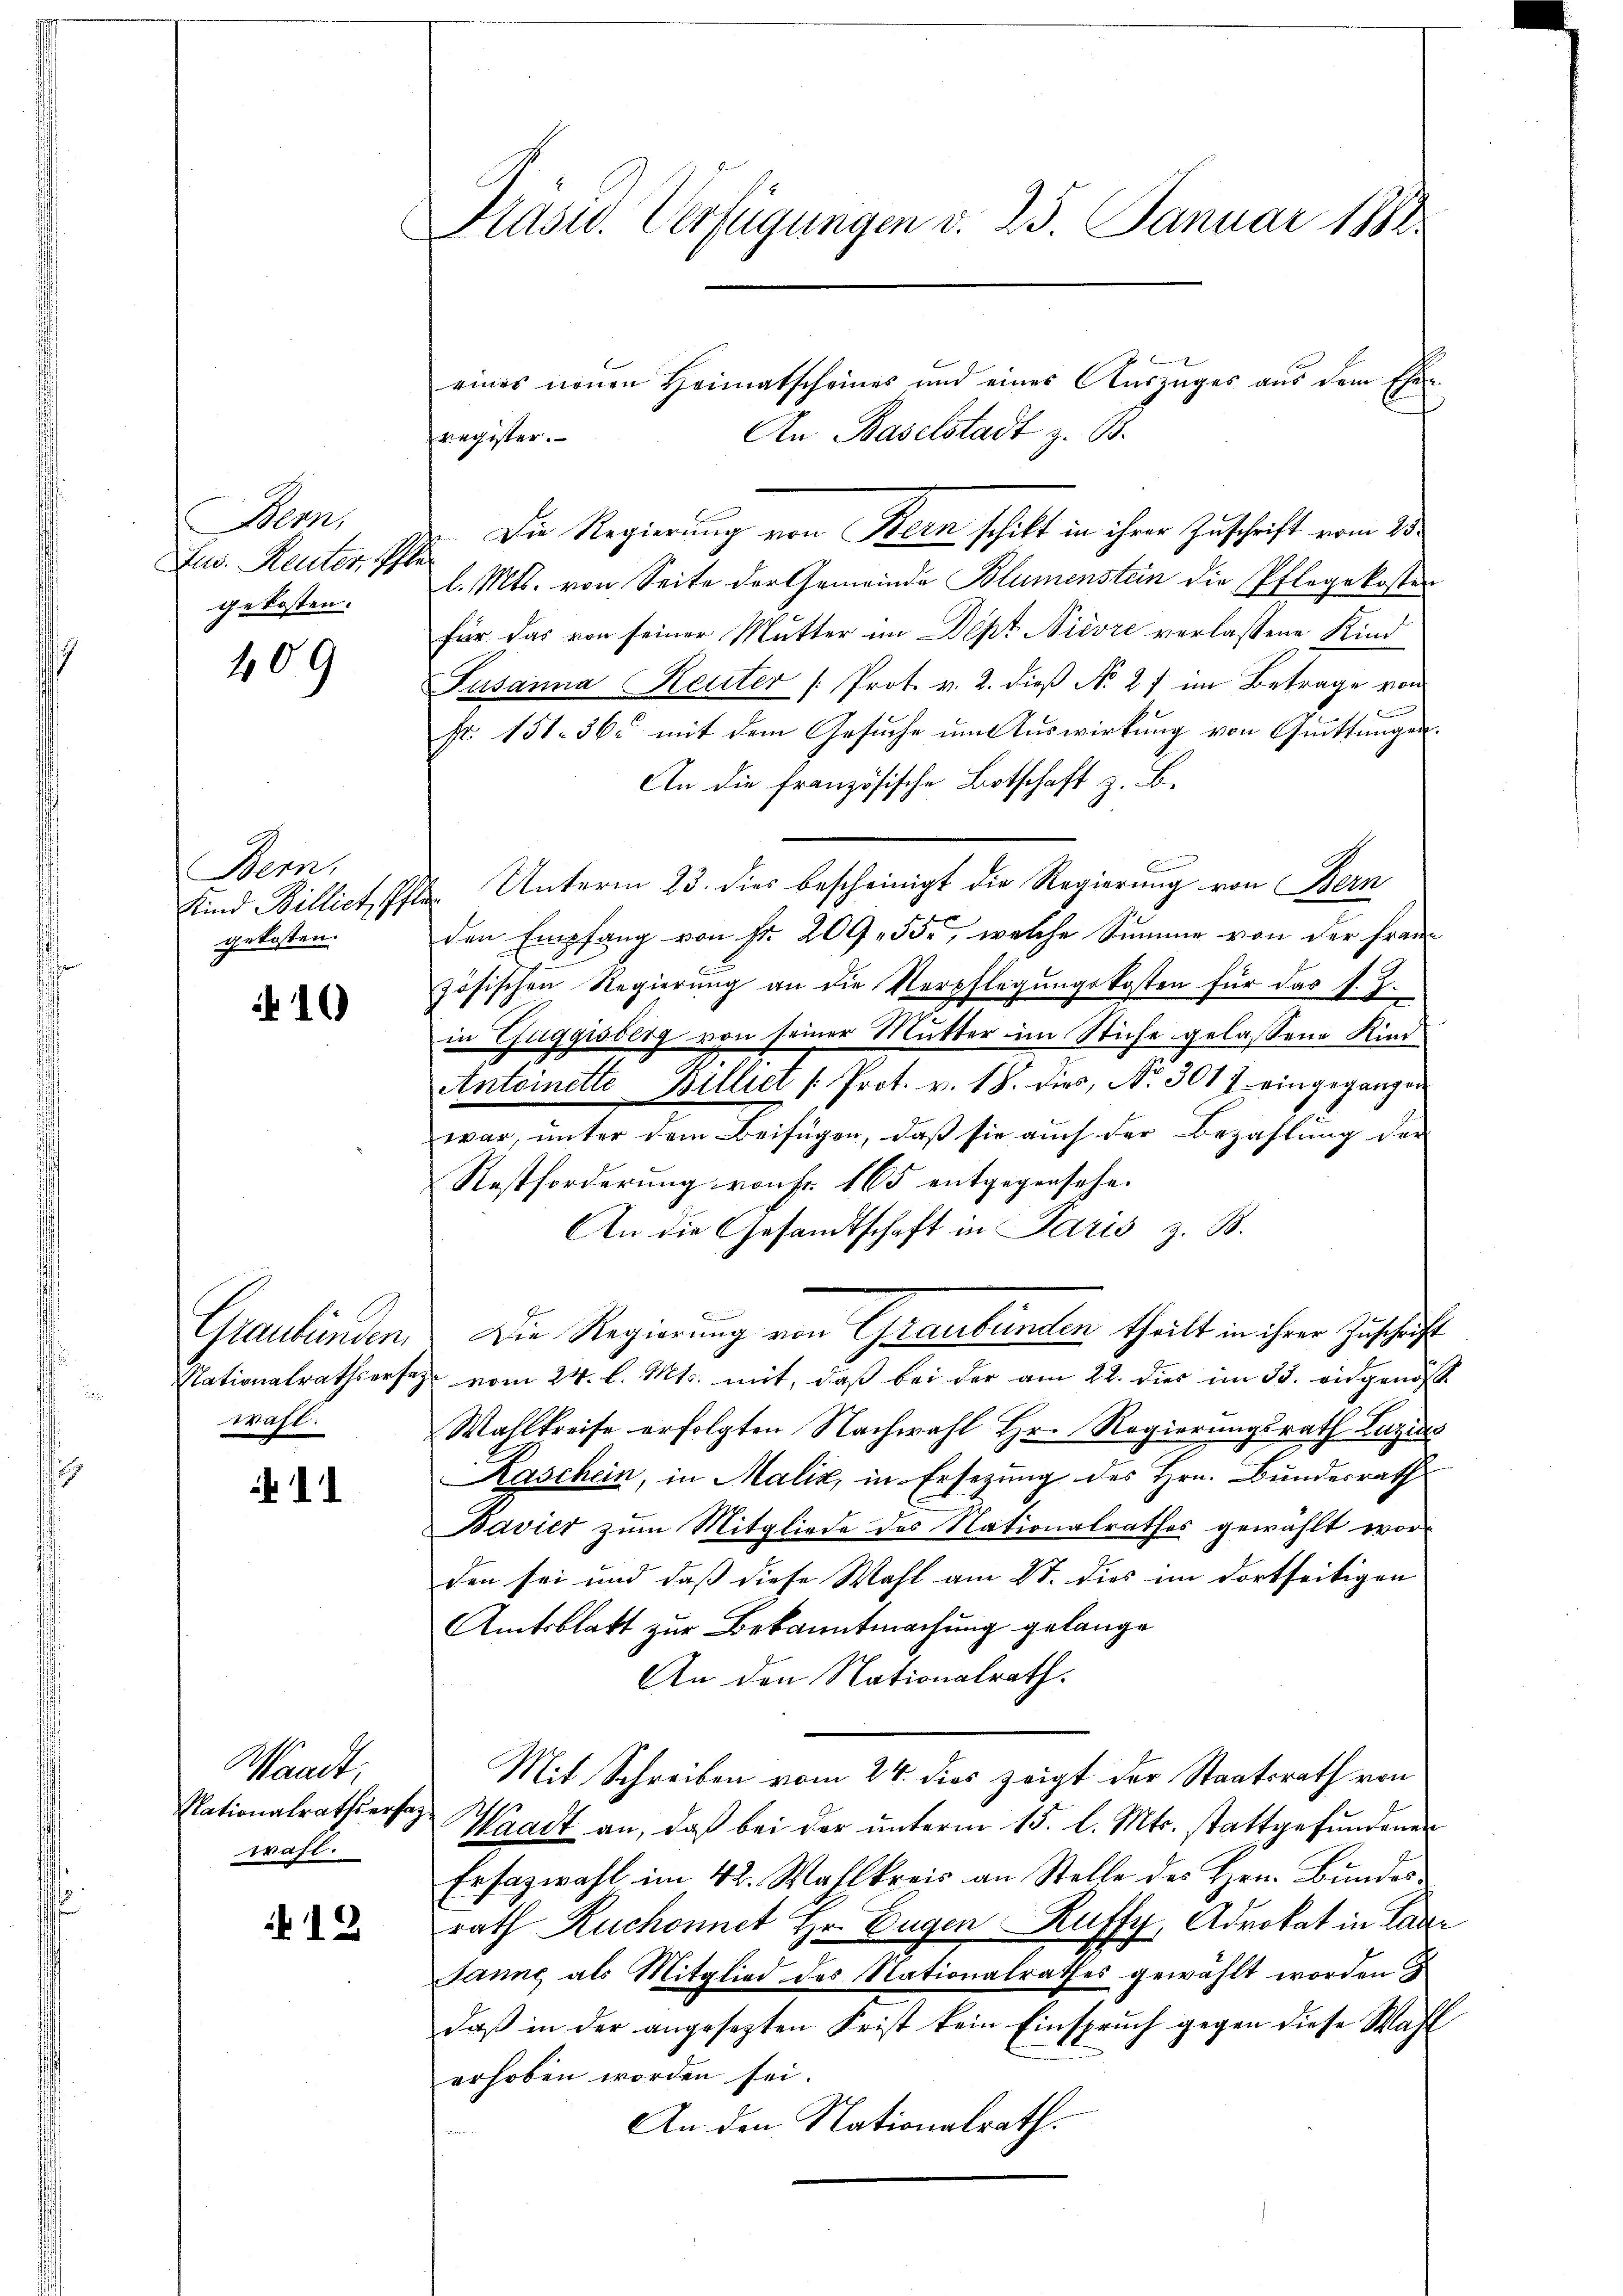
Bern,
Jur. Reuter, Pfl
gekosten.

409

Bern,
Kind Billict, Pfl
gekosten.

10

Graubünden.
Nationalrathsersag
Wahl.

11

Waadt,
Nationalrathsersag
wahl.

12

Präsid. Verfügungen d. 25. Januar 1882

Die Regierung von Bern schikt in ihrer Zuschrift vom 25.
l. Mts. von Seite der Gemeinde Blumenstein die Pflegekosten
für das von seiner Mutter im Dept Nievre verlassene Kind
Fusanna Heuter (Prot. v. 2. dieß No 27 im Betrage von
Fr. 151. 36. mit dem Gesŭche ŭm Aŭswirkung von Quittungen.
An die Französische Botschaft z. B.
& Unterm 23. dies bescheinigt die Regierung von Bern
den Empfang von Fr. 209. 55, welche Summe von der Frauzösischen Regierung an die Verpflegungskosten für das s. Z.
in Zuggisberg von seiner Mutter im Stiche gelassene Kind
Antoinette Billict /: Prot. v. 18. dies, No 301 f. eingegangen
war, unter dem Beifügen, daß sie auch der Bezahlung der
Restforderung von Fr. 165 entgegensehen
An die Gesandtschaft in Paris z. B.
Die Regierung von Graubünden theilt in ihrer Zuschrift
vom 24. l. Mts. mit, daß bei der am 22. dies im 13. eidgenoss
Wahlkreise erfolgten Nachwahl Hr. Regierungsrath Luzias
Kaschein, in Malix, in Ersezung des Hrn. Bundesrath
Bavier zum Mitgliede des Nationalrathes gewählt worden sei und daß diese Wahl am 27. dies im dortseitigen
Amtsblatt zur Bekanntmachung gelange
An den Nationalrath.
Mit Schreiben vom 24. dies zeigt der Staatsrath von
Waadt an, daß bei der unterm 15. l. Mts. stattgefundenen
Ersazwahl im 42. Wahlkreis an Stelle des Hrn. Bundes
rath Ruchonnet Hr. Eugen Ruffy, Advokat in Paar
Janne als Mitglied des Nationalrathes gewählt worden
daß in der angesezten Frist kein Einspruch gegen diese Wahl
erhoben worden sei.
An den Nationalrath.

eines neuen Heimatscheines und eines Aŭszŭges aus dem Ehe-
An Baselstadt z. B.
register.